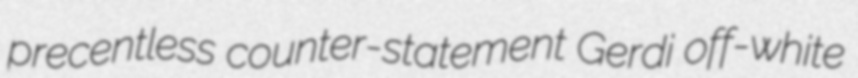
precentless counter-statement Gerdi off-white